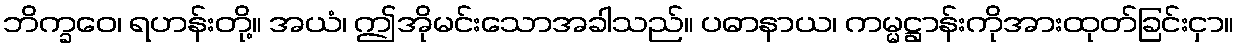
ဘိက္ခဝေ၊ ရဟန်းတို့။ အယံ၊ ဤအိုမင်းသောအခါသည်။ ပဓာနာယ၊ ကမ္မဋ္ဌာန်းကိုအားထုတ်ခြင်းငှာ။